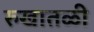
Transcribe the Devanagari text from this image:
रुखातळी